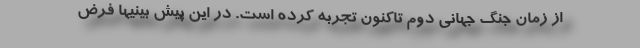
از زمان جنگ جهانی دوم تاکنون تجربه کرده است. در این پیش بینیها فرض